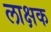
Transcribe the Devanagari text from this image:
लाक्षक